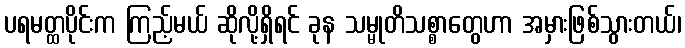
ပရမတ္ထပိုင်းက ကြည့်မယ် ဆိုလို့ရှိရင် ခုန သမ္မုတိသစ္စာတွေဟာ အမှားဖြစ်သွားတယ်၊